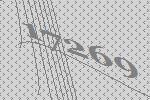
17269